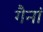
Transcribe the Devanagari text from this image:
गैनां